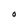
Character: O